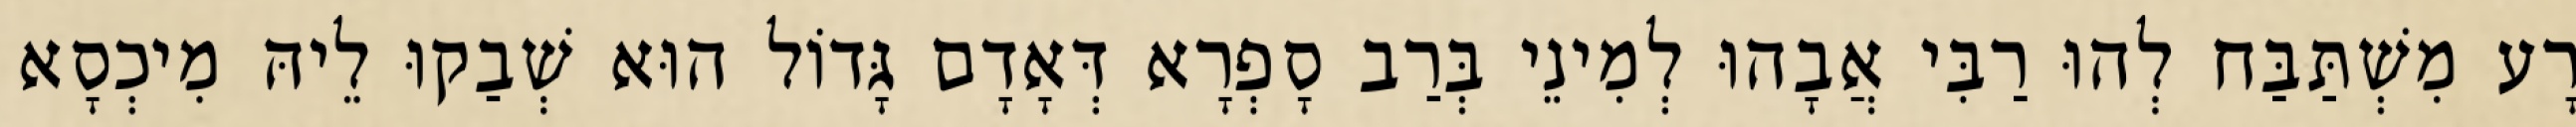
רָע מִשְׁתַּבַּח לְהוּ רַבִּי אֲבָהוּ לְמִינֵי בְּרַב סָפְרָא דְּאָדָם גָּדוֹל הוּא שְׁבַקוּ לֵיהּ מִיכְסָא